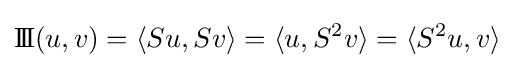
\mathrm {I\!I\!I} (u,v)=\langle Su,Sv\rangle =\langle u,S^{2}v\rangle =\langle S^{2}u,v\rangle